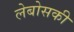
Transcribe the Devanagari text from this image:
लेबोसकी